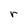
Character: r